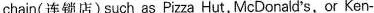
chain(连锁店)such as Pizza Hut, McDonald's,or Ken-